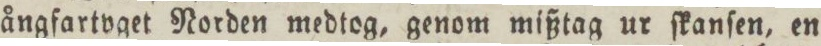
ångfartyget Norden medtog, genom mißtag ur ſkanſen, en